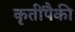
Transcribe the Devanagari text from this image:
कृतींपैकी